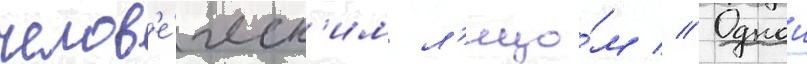
челов'е́ческ'им л'ицо́м // Однои